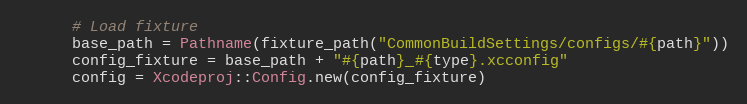
Language: Ruby
      # Load fixture
      base_path = Pathname(fixture_path("CommonBuildSettings/configs/#{path}"))
      config_fixture = base_path + "#{path}_#{type}.xcconfig"
      config = Xcodeproj::Config.new(config_fixture)